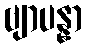
ဗျာပန္နာ